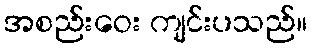
အစည်းဝေး ကျင်းပသည်။